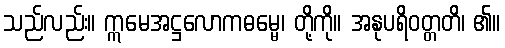
သည်လည်း။ ဣမေအဋ္ဌလောကဓမ္မေ၊ တို့ကို။ အနုပရိဝတ္တတိ၊ ၏။